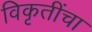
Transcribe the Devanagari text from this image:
विकृतींचा